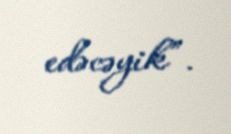
edəcəyik”.